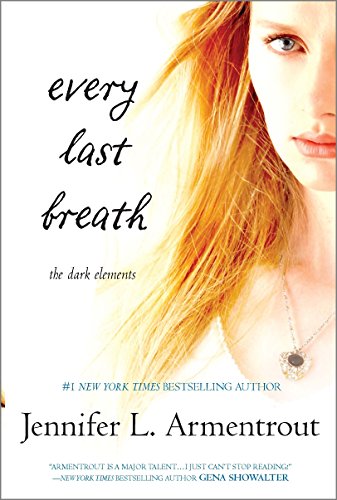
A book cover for Every Last Breath (The Dark Elements); Jennifer L. Armentrout; Teen & Young Adult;